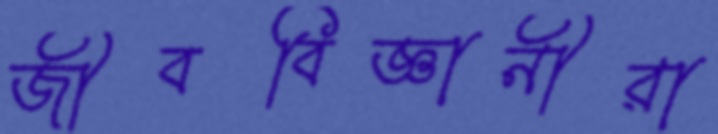
জীববিজ্ঞানীরা